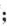
；